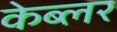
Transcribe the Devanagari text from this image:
केब्लर